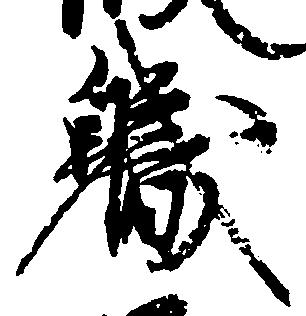
職